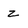
Character: Z